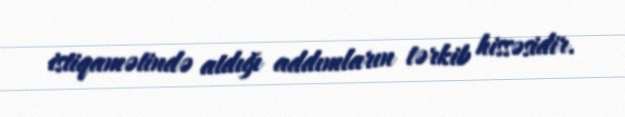
istiqamətində atdığı addımların tərkib hissəsidir.